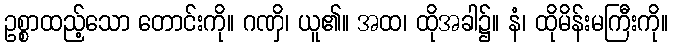
ဥစ္စာထည့်သော တောင်းကို။ ဂဏှိ၊ ယူ၏။ အထ၊ ထိုအခါ၌။ နံ၊ ထိုမိန်းမကြီးကို။